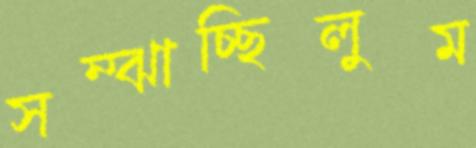
সম্‌ঝাচ্ছিলুম